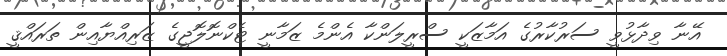
އޭނާ ވިދާޅުވީ ސަރުކާރުގެ އަމާޒަކީ ސްރީލަންކާ އެންމެ ޒަމާނީ ޓެކްނޮލޮޖީގެ ޒަރިއްޔާއިން ތަރައްޤީ